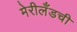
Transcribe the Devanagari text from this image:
मेरीलँडची